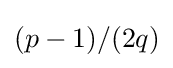
(p-1)/(2q)